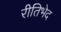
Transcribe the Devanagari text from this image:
रीतिभेद